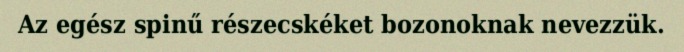
Az egész spinű részecskéket bozonoknak nevezzük.